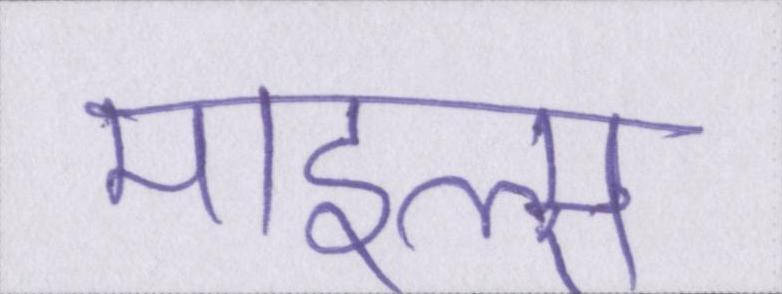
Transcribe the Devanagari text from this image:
माइल्स